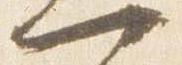
一